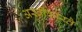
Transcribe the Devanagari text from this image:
अस्‍वीकारते